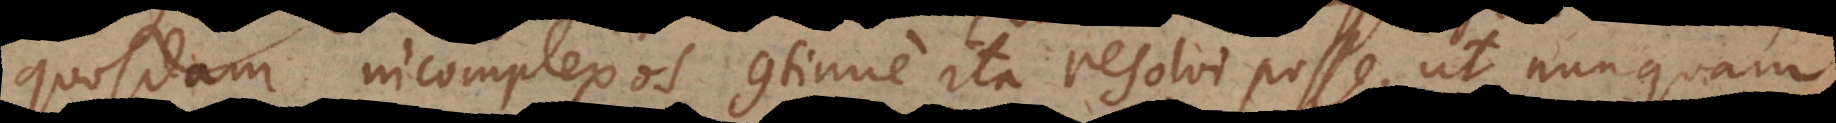
quosdam incomplexos continue ita resolvi posse, ut nunquam